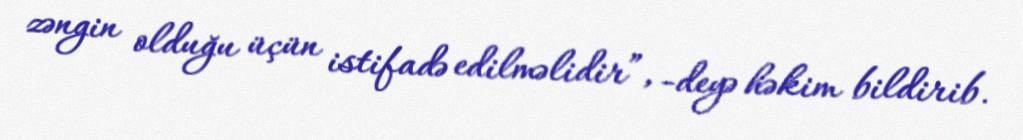
zəngin olduğu üçün istifadə edilməlidir”, -deyə həkim bildirib.